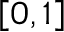
\left[ 0 , 1 \right]